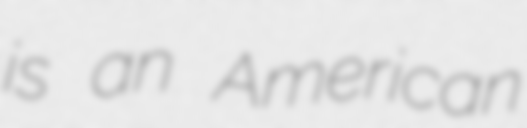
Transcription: is an American